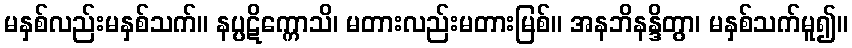
မနှစ်လည်းမနှစ်သက်။ နပ္ပဋိက္ကောသိ၊ မတားလည်းမတားမြစ်။ အနဘိနန္ဒိတွာ၊ မနှစ်သက်မူ၍။